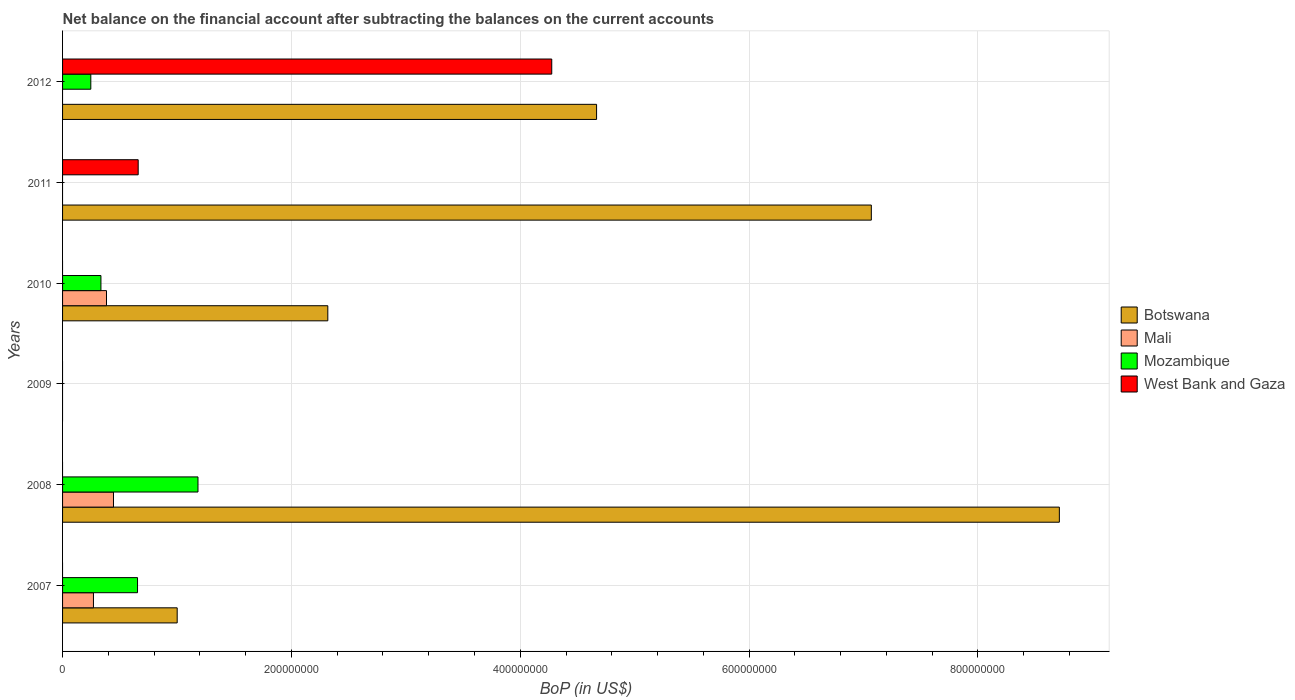
| Years | Botswana | Mali | Mozambique | West Bank and Gaza |
 | --- | --- | --- | --- | --- |
 | 2007 | 1e+08 | 2.7e+07 | 6.55e+07 | -4.95e+08 |
 | 2008 | 8.71e+08 | 4.45e+07 | 1.18e+08 | -2.29e+08 |
 | 2009 | -5.59e+08 | -7.42e+07 | -2.29e+07 | -1.46e+08 |
 | 2010 | 2.32e+08 | 3.84e+07 | 3.35e+07 | -2.01e+08 |
 | 2011 | 7.07e+08 | -5.34e+07 | -4.4e+07 | 6.61e+07 |
 | 2012 | 4.67e+08 | -2.05e+07 | 2.47e+07 | 4.28e+08 |